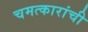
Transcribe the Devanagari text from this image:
चमत्कारांची